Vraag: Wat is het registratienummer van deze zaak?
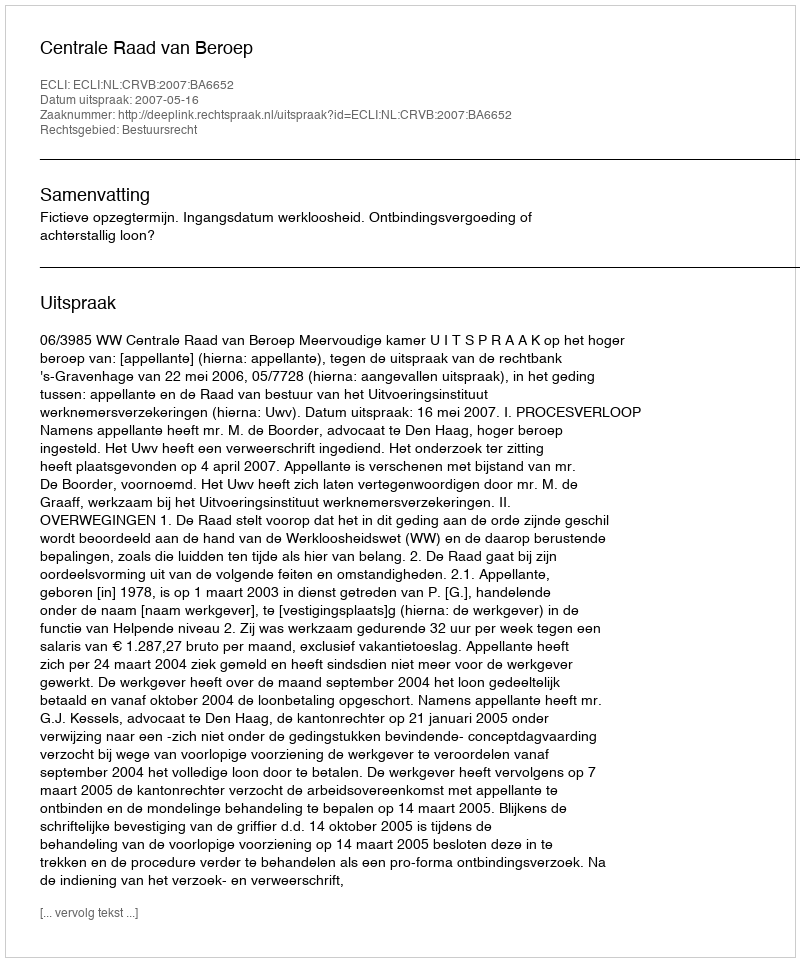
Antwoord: http://deeplink.rechtspraak.nl/uitspraak?id=ECLI:NL:CRVB:2007:BA6652